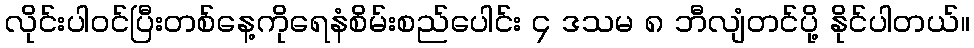
လိုင်းပါဝင်ပြီးတစ်နေ့ကိုရေနံစိမ်းစည်ပေါင်း ၄ ဒသမ ၈ ဘီလျံတင်ပို့ နိုင်ပါတယ်။